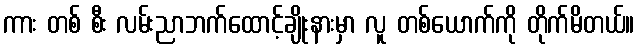
ကား တစ် စီး လမ်းညာဘက်ထောင့်ချိုးနားမှာ လူ တစ်ယောက်ကို တိုက်မိတယ်။